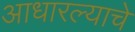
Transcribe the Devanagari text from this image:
आधारल्याचे